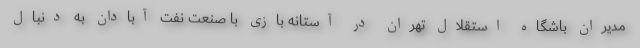
مدیران باشگاه استقلال تهران در آستانه بازی با صنعت نفت آبادان به دنبال